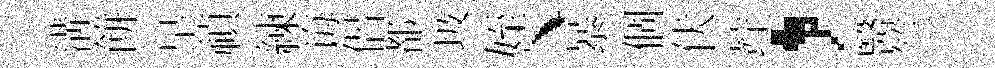
溝餅皁禎練诲侶都圾姪、暴個伏竚，醫竺